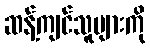
ဆန့်ကျင်သူများကို